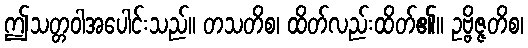
ဤသတ္တဝါအပေါင်းသည်။ တသတိစ၊ ထိတ်လည်းထိတ်၏။ ဥဗ္ဗိဇ္ဇတိစ၊